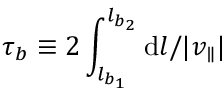
\tau _ { b } \equiv 2 \int _ { l _ { b _ { 1 } } } ^ { l _ { b _ { 2 } } } \mathrm { d } l / | v _ { \parallel } |